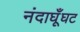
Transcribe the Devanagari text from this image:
नंदाघूँघट